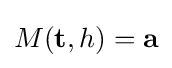
M(\mathbf {t} ,h)=\mathbf {a}